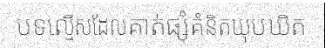
បទល្មើសដែលគាត់ផ្សំគំនិតឃុបឃិត